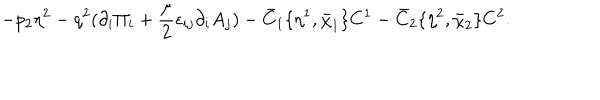
- p _ { 2 } \eta ^ { 2 } - q ^ { 2 } ( \partial _ { i } \Pi _ { i } + { \frac { \mu } { 2 } } \epsilon _ { i j } \partial _ { i } A _ { j } ) - \bar { C } _ { 1 } \{ \eta ^ { 1 } , \bar { \chi } _ { 1 } \} C ^ { 1 } - \bar { C } _ { 2 } \{ \eta ^ { 2 } , \bar { \chi } _ { 2 } \} C ^ { 2 } .